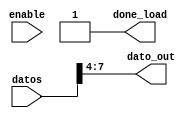
module load #(
    parameter input_size = 8
    )(datos, dato_out, enable, done_load);

input enable;
input [input_size-1:0]datos;
output [3:0] dato_out;
output done_load;

always @(enable) begin
 dato_out<= datos[7:4];
 done_load <= 1'b1;
end
always @(negedge enable ) begin
    done_load <= 1'b0;    
end




endmodule